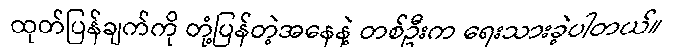
ထုတ်ပြန်ချက်ကို တုံ့ပြန်တဲ့အနေနဲ့ တစ်ဦးက ရေးသားခဲ့ပါတယ်။